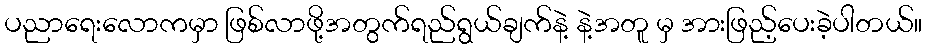
ပညာရေးလောကမှာ ဖြစ်လာဖို့အတွက်ရည်ရွယ်ချက်နဲ့ နဲ့အတူ မှ အားဖြည့်ပေးခဲ့ပါတယ်။